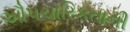
ઔપચારિકતાની